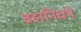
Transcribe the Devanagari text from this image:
ब्रह्मनिधये